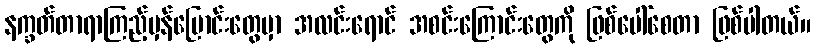
နက္ခတ်တာရာကြည့်မှန်ပြောင်းတွေမှာ အလင်းရောင် အစင်းကြောင်းတွေကို ဖြစ်ပေါ်စေတာ ဖြစ်ပါတယ်။